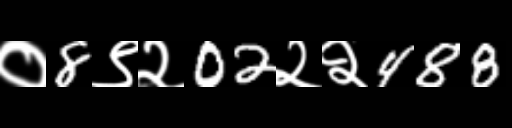
Text: ०8९२02२२488